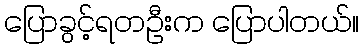
ပြောခွင့်ရတဦးက ပြောပါတယ်။